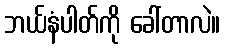
ဘယ်နံပါတ်ကို ခေါ်တာလဲ။